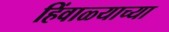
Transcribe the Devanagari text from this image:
हिंवाळ्याच्या